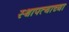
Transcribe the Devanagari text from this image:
स्थापत्याच्या